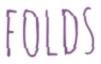
FOLDS